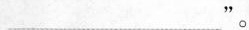
___”。